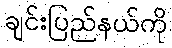
ချင်းပြည်နယ်ကို